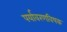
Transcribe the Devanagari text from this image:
पर्यावरणविषक